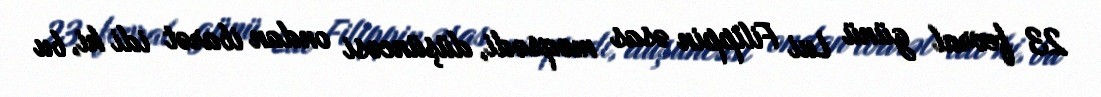
23 fevral günü Lui Filippin əsas məqsədi, düşüncəsi ondan ibarət idi ki, bu